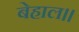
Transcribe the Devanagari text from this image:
बेहाल॥